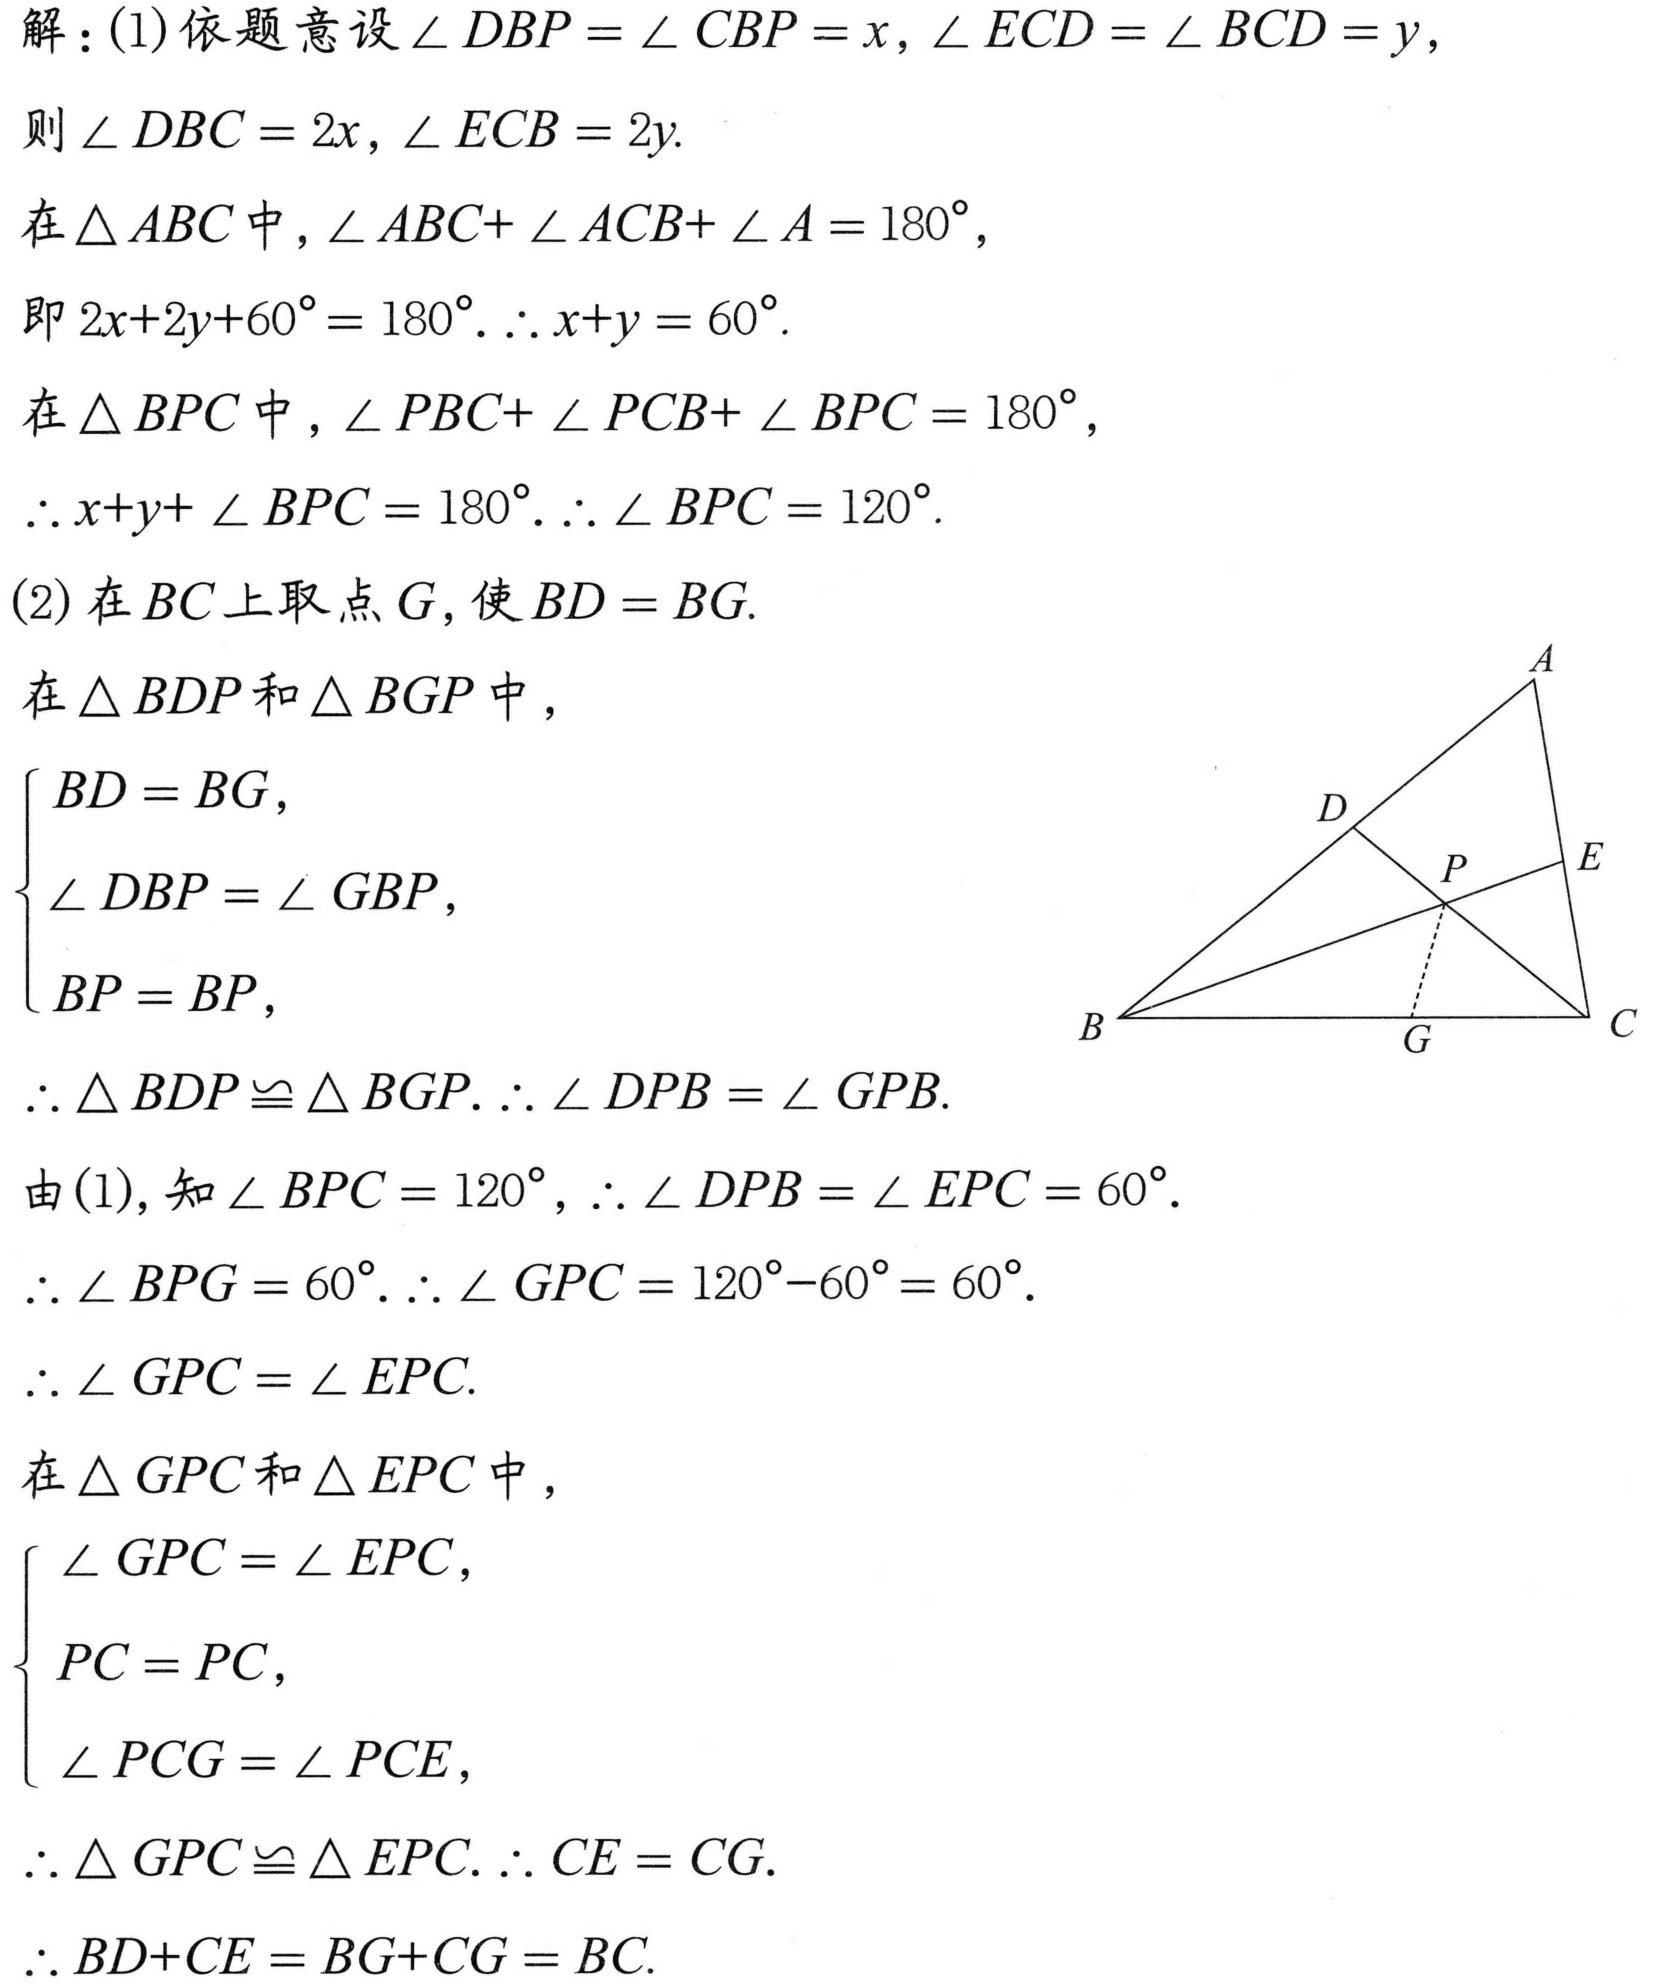
解：(1)依题意设$\angle DBP=\angle CBP = x,\angle ECD=\angle BCD = y$，
则$\angle DBC = 2x,\angle ECB = 2y$.
在$\triangle ABC$中，$\angle ABC+\angle ACB+\angle A = 180^{\circ}$，
即$2x + 2y+60^{\circ}=180^{\circ}$.$\therefore x + y = 60^{\circ}$.
在$\triangle BPC$中，$\angle PBC+\angle PCB+\angle BPC = 180^{\circ}$，
$\therefore x + y+\angle BPC = 180^{\circ}$.$\therefore \angle BPC = 120^{\circ}$.
(2)在$BC$上取点$G$，使$BD = BG$.
在$\triangle BDP$和$\triangle BGP$中，
$\begin{cases}
BD = BG,\\
\angle DBP=\angle GBP,\\
BP = BP,
\end{cases}$
$\therefore \triangle BDP\cong\triangle BGP$.$\therefore \angle DPB=\angle GPB$.
由(1)，知$\angle BPC = 120^{\circ}$，$\therefore \angle DPB=\angle EPC = 60^{\circ}$.
$\therefore \angle BPG = 60^{\circ}$.$\therefore \angle GPC = 120^{\circ}-60^{\circ}=60^{\circ}$.
$\therefore \angle GPC=\angle EPC$.
在$\triangle GPC$和$\triangle EPC$中，
$\begin{cases}
\angle GPC=\angle EPC,\\
PC = PC,\\
\angle PCG=\angle PCE,
\end{cases}$
$\therefore \triangle GPC\cong\triangle EPC$.$\therefore CE = CG$.
$\therefore BD + CE = BG+CG = BC$.